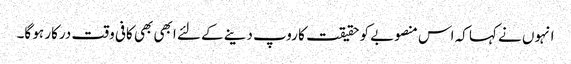
انہوں نے کہا کہ اس منصوبے کو حقیقت کا روپ دینے کے لئے ابھی بھی کافی وقت درکار ہو گا۔